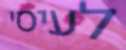
לעיסי